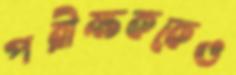
পরীক্ষককেও